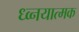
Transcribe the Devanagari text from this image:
ध्व्नयात्मक